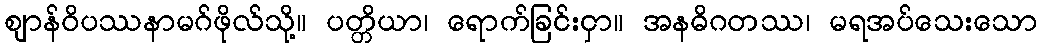
ဈာန်ဝိပဿနာမဂ်ဖိုလ်သို့။ ပတ္တိယာ၊ ရောက်ခြင်းငှာ။ အနဓိဂတဿ၊ မရအပ်သေးသော